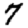
Digit: 7